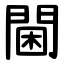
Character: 閫